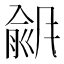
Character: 𫖾